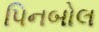
પિનબોલ